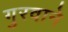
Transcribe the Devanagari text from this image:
गुरवाने